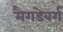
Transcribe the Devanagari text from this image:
मैगडेबर्ग